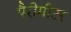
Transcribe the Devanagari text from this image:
पैरीमीटर